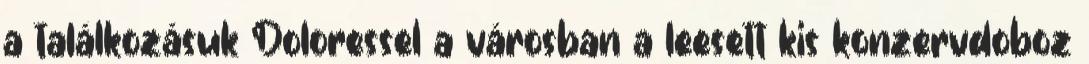
a találkozásuk Doloressel a városban a leesett kis konzervdoboz